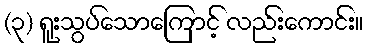
(၃) ရူးသွပ်သောကြောင့် လည်းကောင်း။